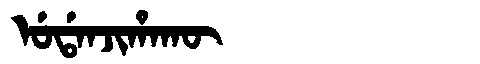
Manchu: ᡠᡩᠠᠨᠵᡳᡥᠠᡴᡡ
Romanization: UDANJIHAKŪ